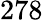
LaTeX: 278